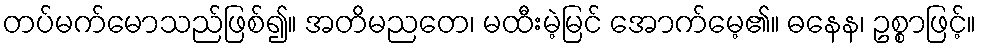
တပ်မက်မောသည်ဖြစ်၍။ အတိမညတေ၊ မထီးမဲ့မြင် အောက်မေ့၏။ ဓနေန၊ ဥစ္စာဖြင့်။